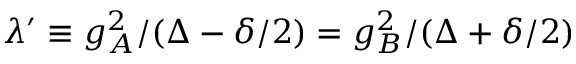
\lambda ^ { \prime } \equiv g _ { A } ^ { 2 } / ( \Delta - \delta / 2 ) = g _ { B } ^ { 2 } / ( \Delta + \delta / 2 )